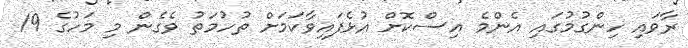
ރާވައި ހިންގުމުގައި އެންމެ އިސްކޮށް އުޅެފައިވާކަމަށް ތުހުމަތު ވެގެން މި މަހުގެ 19